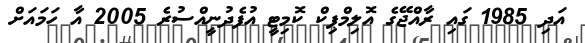
އަދި 1985 ގައި ރާއްޖޭގެ އޮލިމްޕިކް ކޮމިޓީ އުފެދުނީއްސުރެ 2005 އާ ހަމައަށް